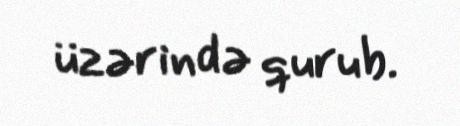
üzərində qurub.